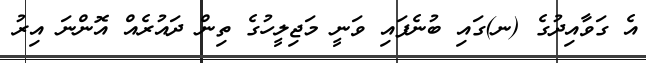
އެ ގަވާއިދުގެ (ނ)ގައި ބުނެފައި ވަނީ މަޖިލީހުގެ ތިން ދައުރެއް އޮންނަ އިރު